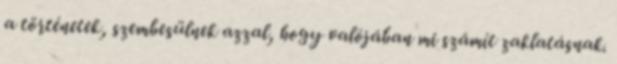
a történetek, szembesülnek azzal, hogy valójában mi számít zaklatásnak.